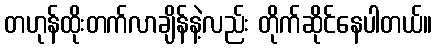
တဟုန်ထိုးတက်လာချိန်နဲ့လည်း တိုက်ဆိုင်နေပါတယ်။